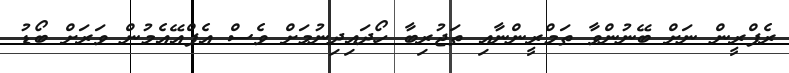
ރެފްރީން ނަށް ބޭނުންވާ ތަމްރީންނާއި ތަޖުރިބާ ހޯދައިދިނުމަށް ވެސް އެފްއޭއެމުން ވަރަށް ބޯޑު